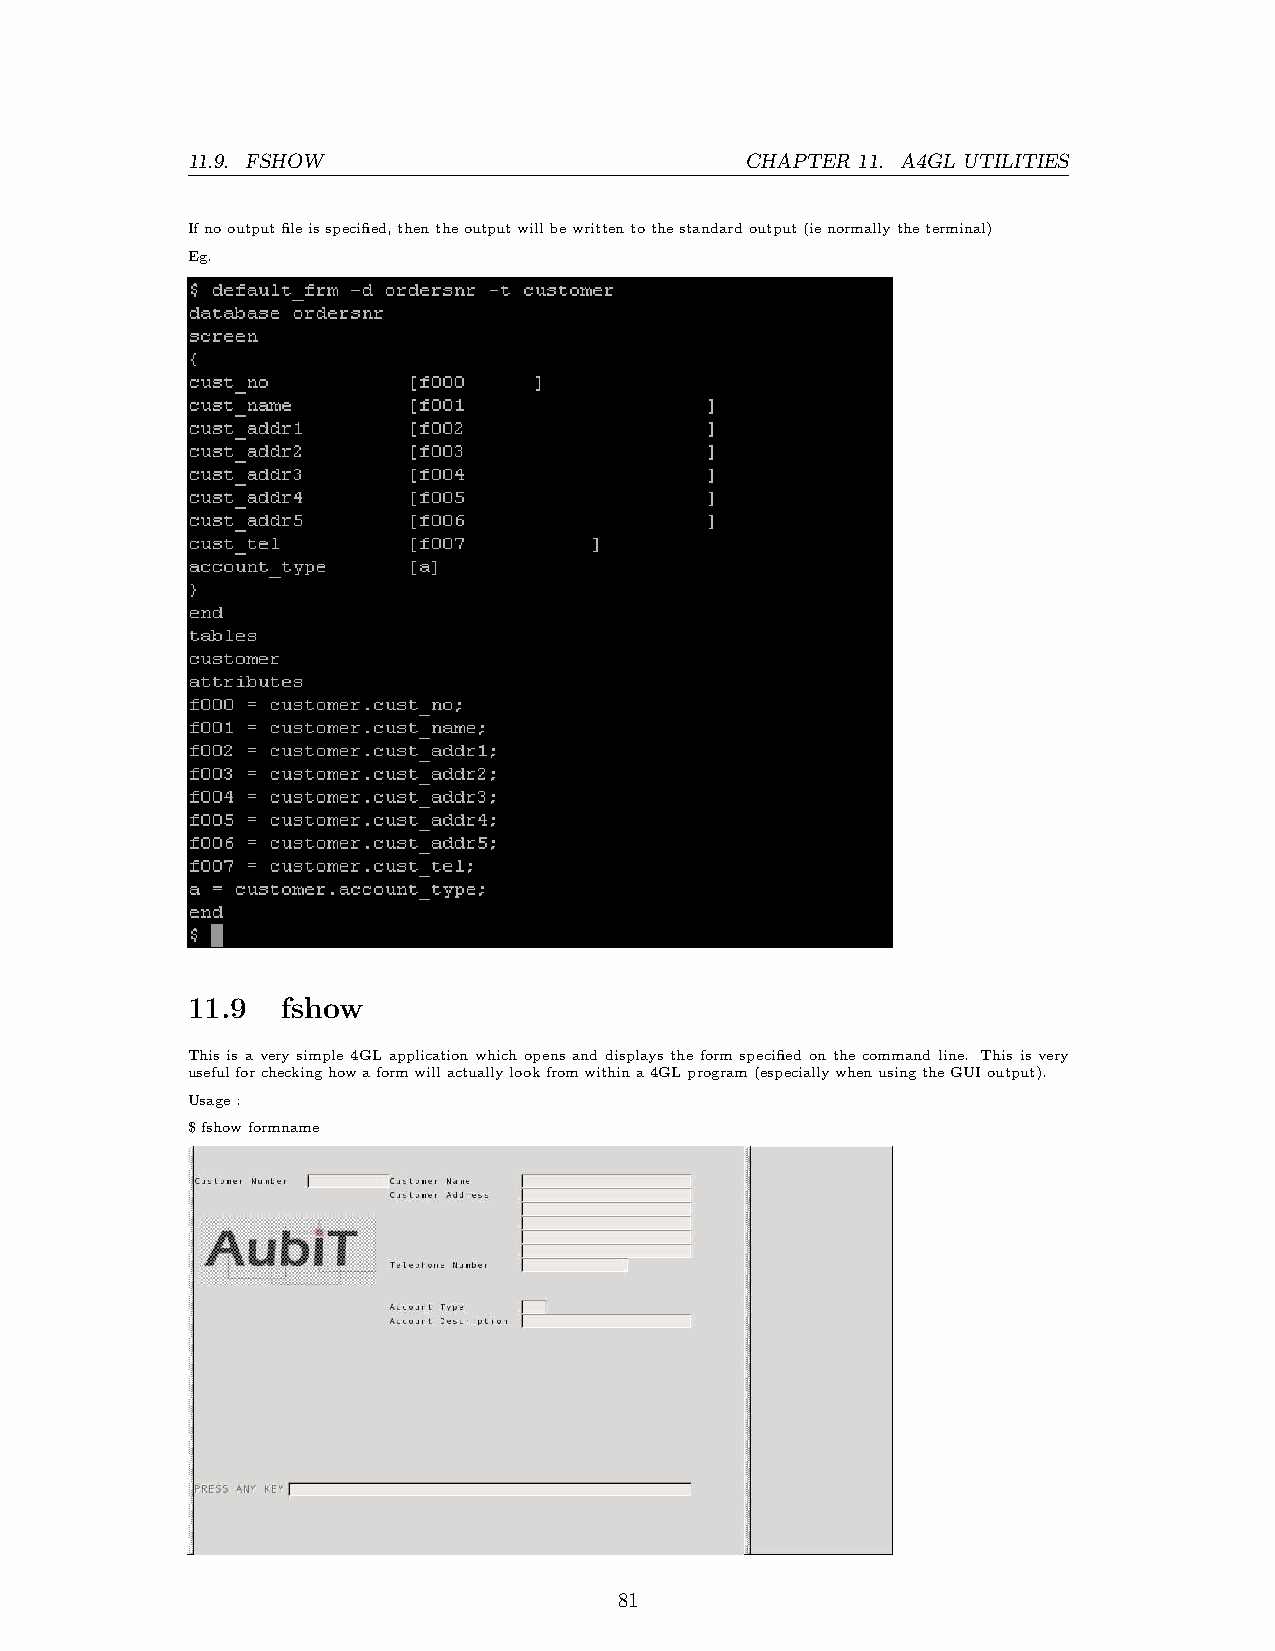
11.9. FSHOW                          CHAPTER 11. A4GL UTILITIES
 Ifnooutputfileisspecified,thentheoutputwillbewrittentothestandardoutput(ienormallytheterminal)
 Eg.
 11.9   fshow
 This is a very simple 4GL application which opens and displays the form specified on the command line. This is very
 usefulforcheckinghowaformwillactuallylookfromwithina4GLprogram(especiallywhenusingtheGUIoutput).
 Usage:
 $fshowformname
 81